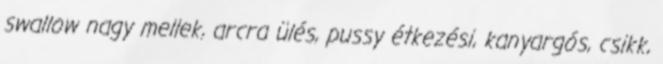
swallow nagy mellek, arcra ülés, pussy étkezési, kanyargós, csikk,